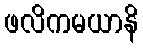
ဖလိကမယာနိ